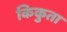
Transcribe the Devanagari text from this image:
किकुता